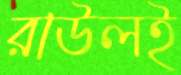
রাউলই